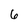
Character: 6